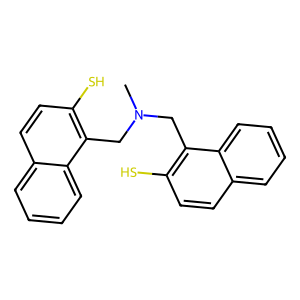
SMILES: CN(Cc1c(S)ccc2ccccc12)Cc1c(S)ccc2ccccc12
Inhibits HIV replication: No